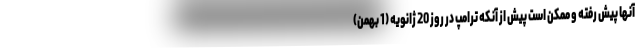
آنها پیش رفته و ممکن است پیش از آنکه ترامپ در روز 20 ژانویه (1 بهمن)